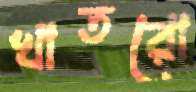
খাতরো